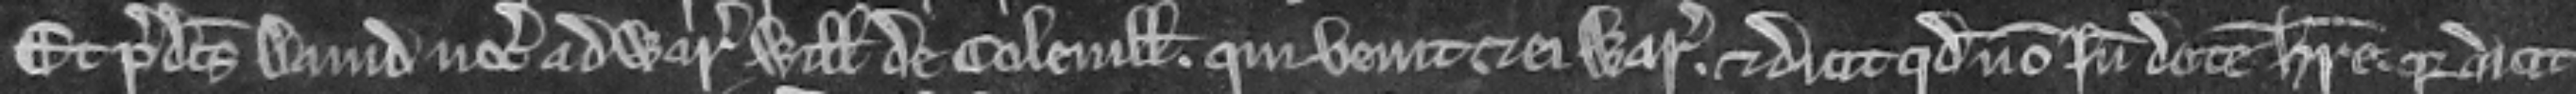
Et predictus David vocat ad warantum Willelmum de Colevill qui venit et ei warantizat. Et dicit quod non inde dotem habere. quia dicit